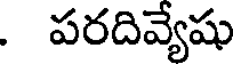
. పరదివ్యేషు